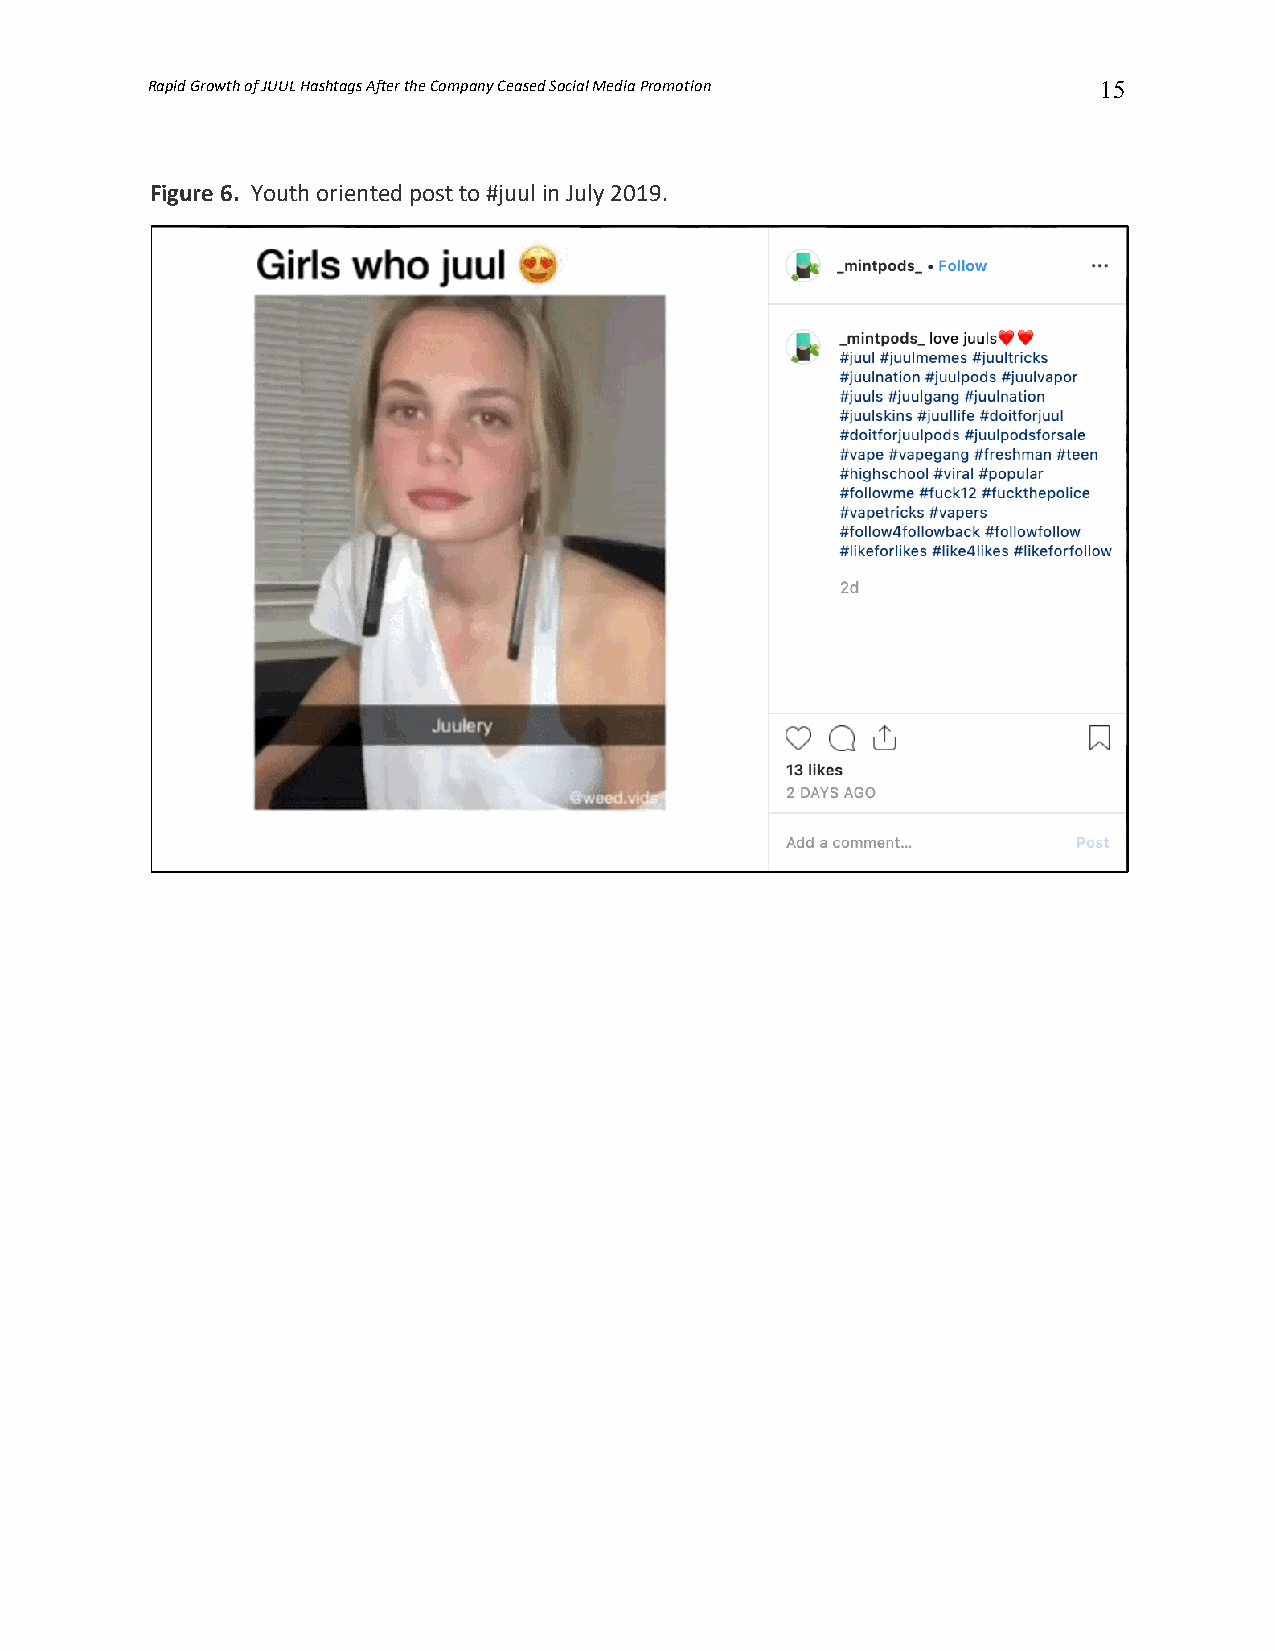
Rapid Growth of JUUL Hashtags After the Company Ceased Social Media Promotion 15
 Figure 6. Youth oriented post to #juul in July 2019.